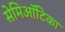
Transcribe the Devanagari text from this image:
सेमिऑटिका